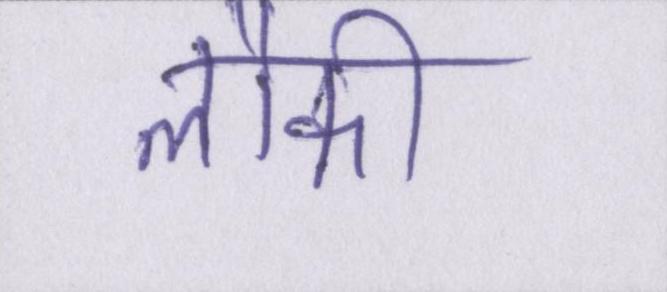
लौकी